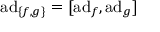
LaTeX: \operatorname { a d } _ { \{ f , g \} } = [ \operatorname { a d } _ { f } , \operatorname { a d } _ { g } ]